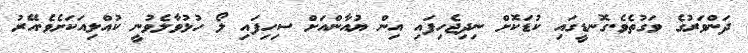
ދަންވަރުގެ ވަގުތެވެ.ގޮނޑީގައި ކުޑަކޮށް ނިދިޖެހިފައި އިން ޔުއާންއަށް ސިހިފައި ލޯ ހުޅުވާލެވުނީ ކުއްލިއަކަށެވެ.އޭރު